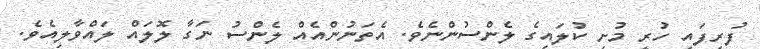
ފުރިފައި ހުރީ މުށި ކުލައިގެ ލެންސުންނެވެ. އެތަނުންއެއް ލެންސު ނަގާ ލޮލައް ލައްވާލިއެވެ.